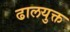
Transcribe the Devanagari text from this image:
ढालयुक्त